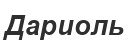
Дариоль